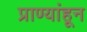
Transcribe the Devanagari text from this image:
प्राण्यांहून